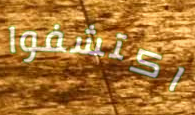
اكتشفوا